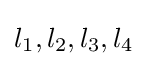
l_{1},l_{2},l_{3},l_{4}